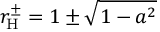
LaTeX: r _ { \mathrm { { H } } } ^ { \pm } = 1 \pm { \sqrt { 1 - a ^ { 2 } } }